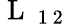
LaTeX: \mathrm{~L~}_{\mathrm{~1~2~}}